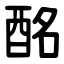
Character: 酩